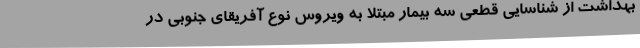
بهداشت از شناسایی قطعی سه بیمار مبتلا به ویروس نوع آفریقای جنوبی در